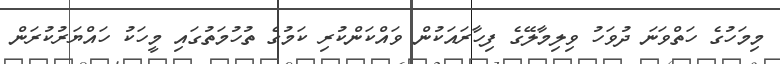
މިމަހުގެ ހަތްވަނަ ދުވަހު ވިލިމާލޭގެ ފިހާރައަކުން ވައްކަންކުރި ކަމުގެ ތުހުމަތުގައި މީހަކު ހައްޔަރުކުރަން